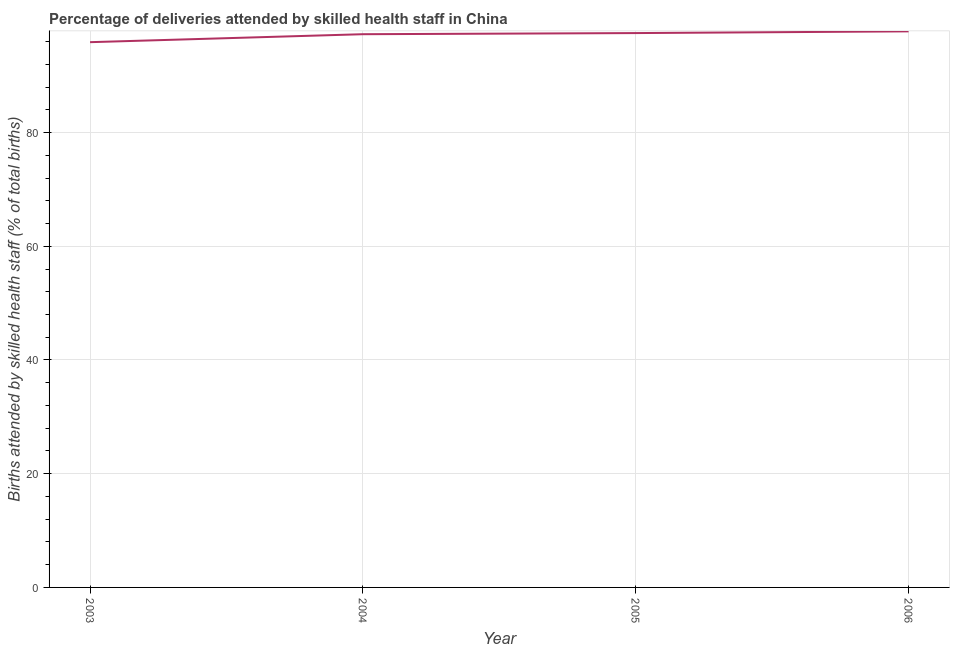
| Year | Births attended by skilled health staff |
 | --- | --- |
 | 2003 | 95.9 |
 | 2004 | 97.3 |
 | 2005 | 97.5 |
 | 2006 | 97.8 |